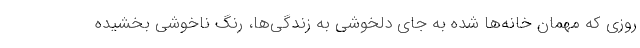
روزی که مهمان خانه‌ها شده به جای دلخوشی به زندگی‌ها، رنگ ناخوشی بخشیده